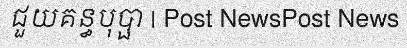
ជួយគន្ធបុប្ផា | Post NewsPost News